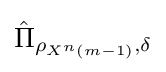
{\hat {\Pi }}_{\rho _{X^{n}\left(m-1\right)},\delta }